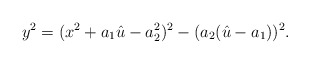
\begin{align*}y^2=(x^2 + a_1 \hat{u} - a_{2}^2)^2 - (a_2(\hat{u}-a_1))^2.\end{align*}